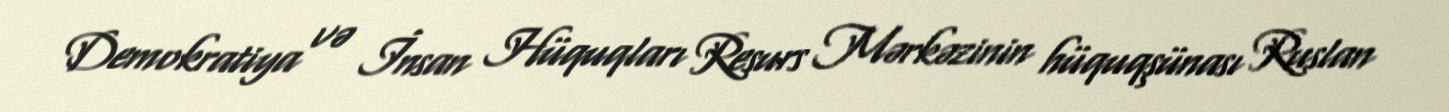
Demokratiya və İnsan Hüquqları Resurs Mərkəzinin hüquqşünası Ruslan